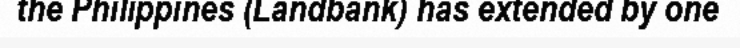
the Philippines (Landbank) has extended by one